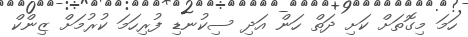
ހަމަ މިގޮތަށް ކަށި ދަތް ހަން އަދި ސިކުނޑި ފުރިހަމަ ކުރުމަށް ޒިންކް